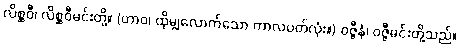
လိစ္ဆဝီ၊ လိစ္ဆဝီမင်းတို့။ (တာဝ၊ ထိုမျှလောက်သော ကာလပတ်လုံး။) ဝဇ္ဇီနံ၊ ဝဇ္ဇီမင်းတို့သည်။